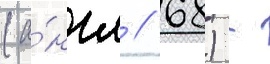
(а́нгл // 68) -